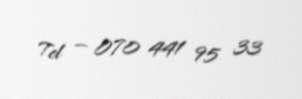
Tel — 070 441 95 33